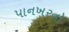
પાનખરનો